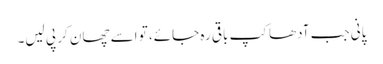
پانی جب آدھاکپ باقی رہ جائے، تو اسے چھان کر پی لیں۔